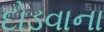
દોડવાના